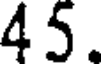
45.